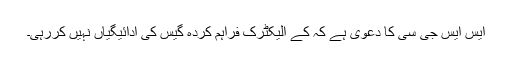
ایس ایس جی سی کا دعوی ہے کہ کے الیکٹرک فراہم کردہ گیس کی ادائیگیاں نہیں کررہی۔